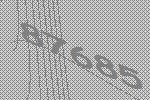
87685